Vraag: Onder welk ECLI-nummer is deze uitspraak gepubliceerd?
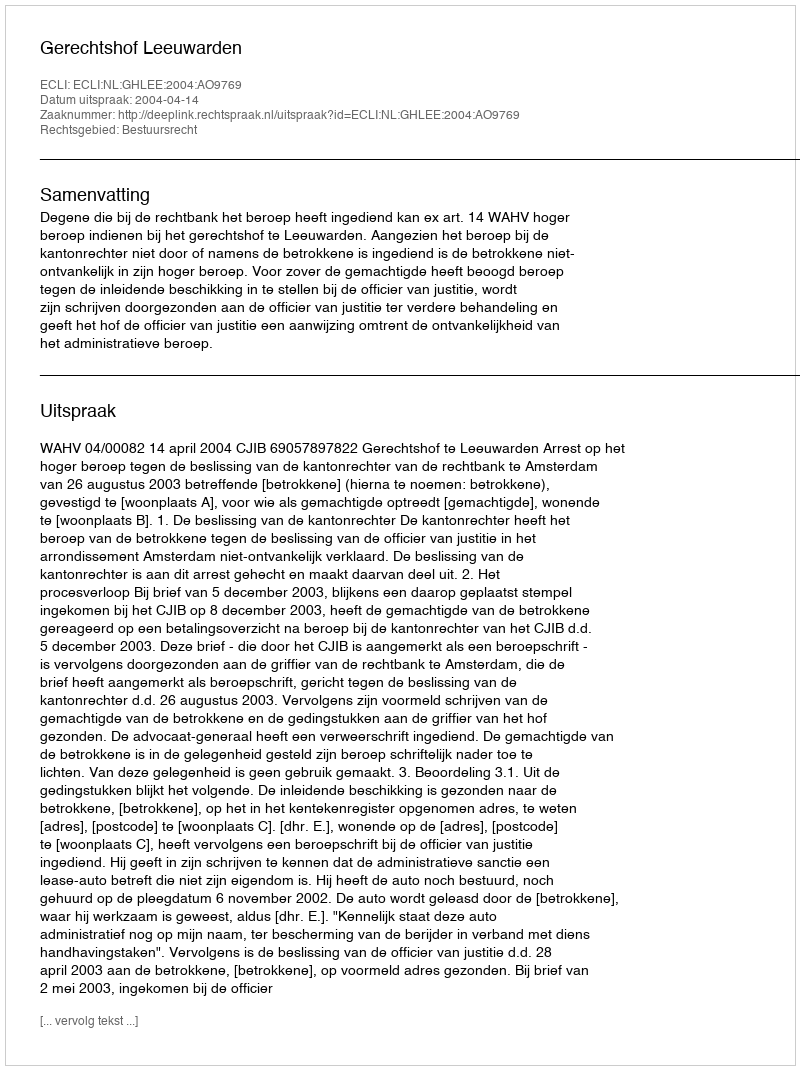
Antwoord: ECLI:NL:GHLEE:2004:AO9769